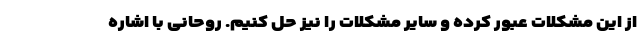
از این مشکلات عبور کرده و سایر مشکلات را نیز حل کنیم. روحانی با اشاره